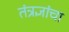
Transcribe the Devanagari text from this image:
तंत्रज्ञांचा